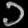
Digit: ၁